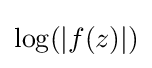
\log(|f(z)|)